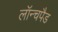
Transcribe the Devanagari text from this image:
लॉन्चपैड